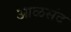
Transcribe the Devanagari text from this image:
आळसंद